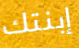
إبنتك